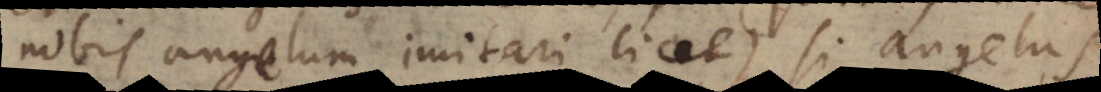
nobis angelum imitari licet), si angelus